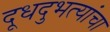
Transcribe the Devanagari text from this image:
दूधदुभत्यांचा